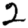
Digit: 2